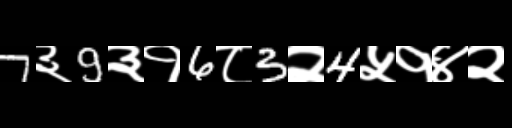
Text: 7३9३१6८3२4५१४२